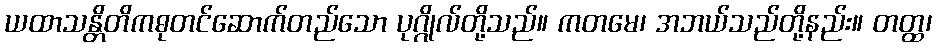
ယထာသန္တိတိကဓုတင်ဆောက်တည်သော ပုဂ္ဂိုလ်တို့သည်။ ကတမေ၊ အဘယ်သည်တို့နည်း။ တတ္ထ၊